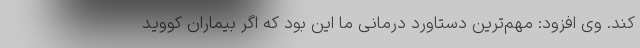
کند. وی افزود: مهم‌ترین دستاورد درمانی ما این بود که اگر بیماران کووید